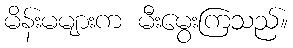
မိန်းမများက မီးမွေးကြသည်။